Account of plague administration in the Bombay Presidency from September 1896 till May 1897
Year: 1896
Disease focus: Plague
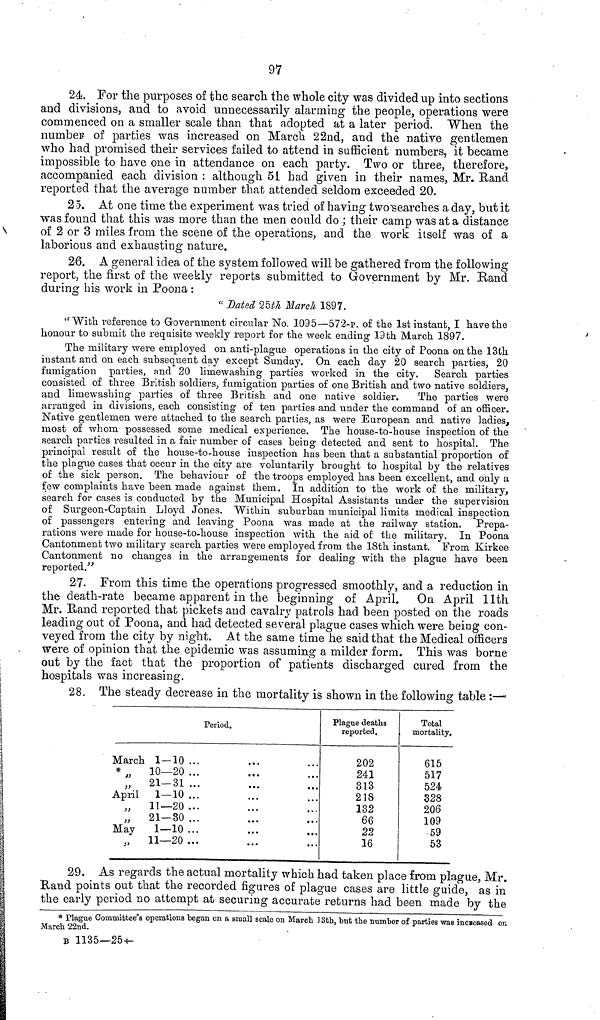
97
24. For the purposes of the search, the whole city was divided up into sections
and divisions, and to avoid unnecessarily alarming the people, operations were
commenced on a smaller scale than that adopted at a later period. When the
number of parties was increased on March 22nd, and the native gentlemen
who had promised their services failed to attend in sufficient numbers, it became
impossible to have one in attendance on each party. Two or three, therefore,
accompanied each division : although 51 had given in their names, Mr. Band
reported that the average number that attended seldom exceeded 20.
25. At one time the experiment was tried of having two "searches a day, but it
was found that this was more than the men could do ; their camp was at a distance
of 2 or 3 miles from the scene of the operations, and the work itself was of a
laborious and exhausting nature.
26. A general idea of the system followed will be gathered from the following
report, the first of the weekly reports submitted to Government by Mr. Rand
during his work in Poona :
"Dated 25th March 1897.
"With reference to Government circular No. 1095—572-p. of the 1st instant, I have the
honour to submit the requisite weekly report for the week ending 19th March. 1897.
The military were employed on anti-plague operations in the city of Poona on the 13th
instant and on each subsequent day except Sunday. On each day 20 search parties, 20
fumigation parties, and 20 limewashing parties worked in the city. Search parties
consisted of three British soldiers, fumigation parties of one British and two native soldiers,
and limewashing parties of three British and one native soldier.
The parties were
arranged in divisions, each consisting of ten parties and under the command of an officer.
Native gentlemen were attached to the search, parties, as were European and native ladies,
most of whom possessed some medical experience. The house-to-house inspection of the
search parties resulted in a fair number of cases being detected and sent to hospital. The
principal result of the house-to-house inspection has been that a substantial proportion of
the plague cases that occur in the city are voluntarily brought to hospital by the relatives
of the sick person. The behaviour of the troops employed has been excellent, and only a
few complaints have been made against them. In addition to the work of the military,
search for cases is conducted by the Municipal Hospital Assistants under the supervision
of Surgeon-Captain Lloyd Jones. Within suburban municipal limits medical inspection
of passengers entering and leaving Poona was made at the railway station. Prepa-
rations were made for house-to-house inspection with the aid of the military. In Poona
Cantonment two military search parties were employed from the 18th, instant. From Kirkee
Cantonment no changes in the arrangements for dealing with the plague have been
reported."
27. From this time the operations progressed smoothly, and a reduction in
the death-rate became apparent in the beginning of April. On April llth
Mr. Rand reported that pickets and cavalry patrols had been posted on the roads
leading out of Poona, and had detected several plague cases which were being con-
veyed from the city by night. At the same time he said that the Medical officers
were of opinion that the epidemic was assuming a milder form. This was borne
out by the fact that the proportion of patients discharged cured from the
hospitals was increasing.
28. The steady decrease in the mortality is shown in the following table :—
Period.
March 1—10 ..
*"
10—20 ..
" 21-31 ..
April 1—10 ..
" 11-20 ..
"
21—30 ..
May 1—10 ..
" 11—20 ..
Plague deaths
reported.
202
241
313
218
132
66
22
16
Total
mortality.
615
517
524
328
206
109
59
53
29. As regards the actual mortality which had taken place from plague, Mr.
Rand points out that the recorded figures of plague cases are little guide, as in
the early period no attempt at securing accurate returns had been made by the
* Plague Committee's operations began on a small scale on March 13th, but the number of parties was increased on
March 22nd.
B 1135—25+